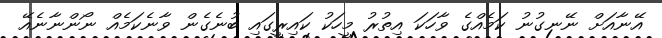
އޭނާއަށް ނޭނގުނު ކަމެއްގެ ވާހަކަ އިތުރު މީހަކު ކައިރީގައި ބުނެގެން ވާނެކަމެއް ނޯންނާނެއޭ